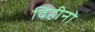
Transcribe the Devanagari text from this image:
विहीनो